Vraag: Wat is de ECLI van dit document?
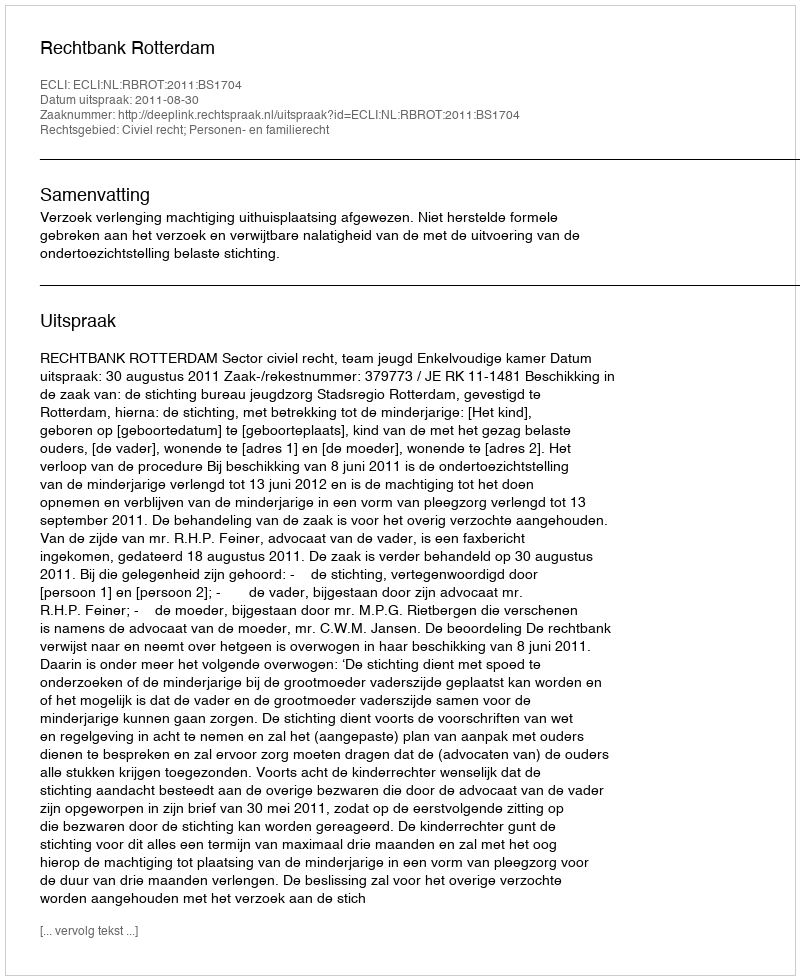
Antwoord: ECLI:NL:RBROT:2011:BS1704